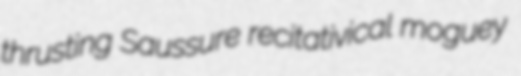
thrusting Saussure recitativical moguey